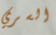
السري